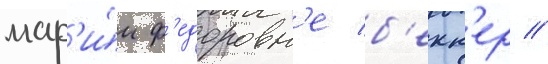
мар'и́и ф'едоровн'е б'екк'ер //